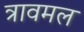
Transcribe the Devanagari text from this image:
त्रावमल